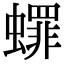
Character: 𬠯